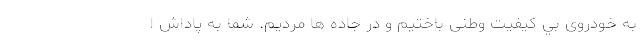
به خودروی بي کیفیت وطنی باختیم و در جاده ها مردیم. شما به پاداش ا